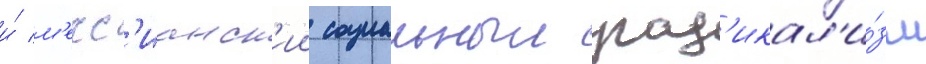
и́ м'есс'ианск'ии социальныи рад'икал'и́зм